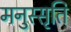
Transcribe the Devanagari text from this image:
मनुस्सृति